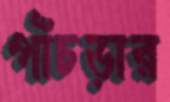
পাঁচড়ার